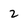
Character: 2